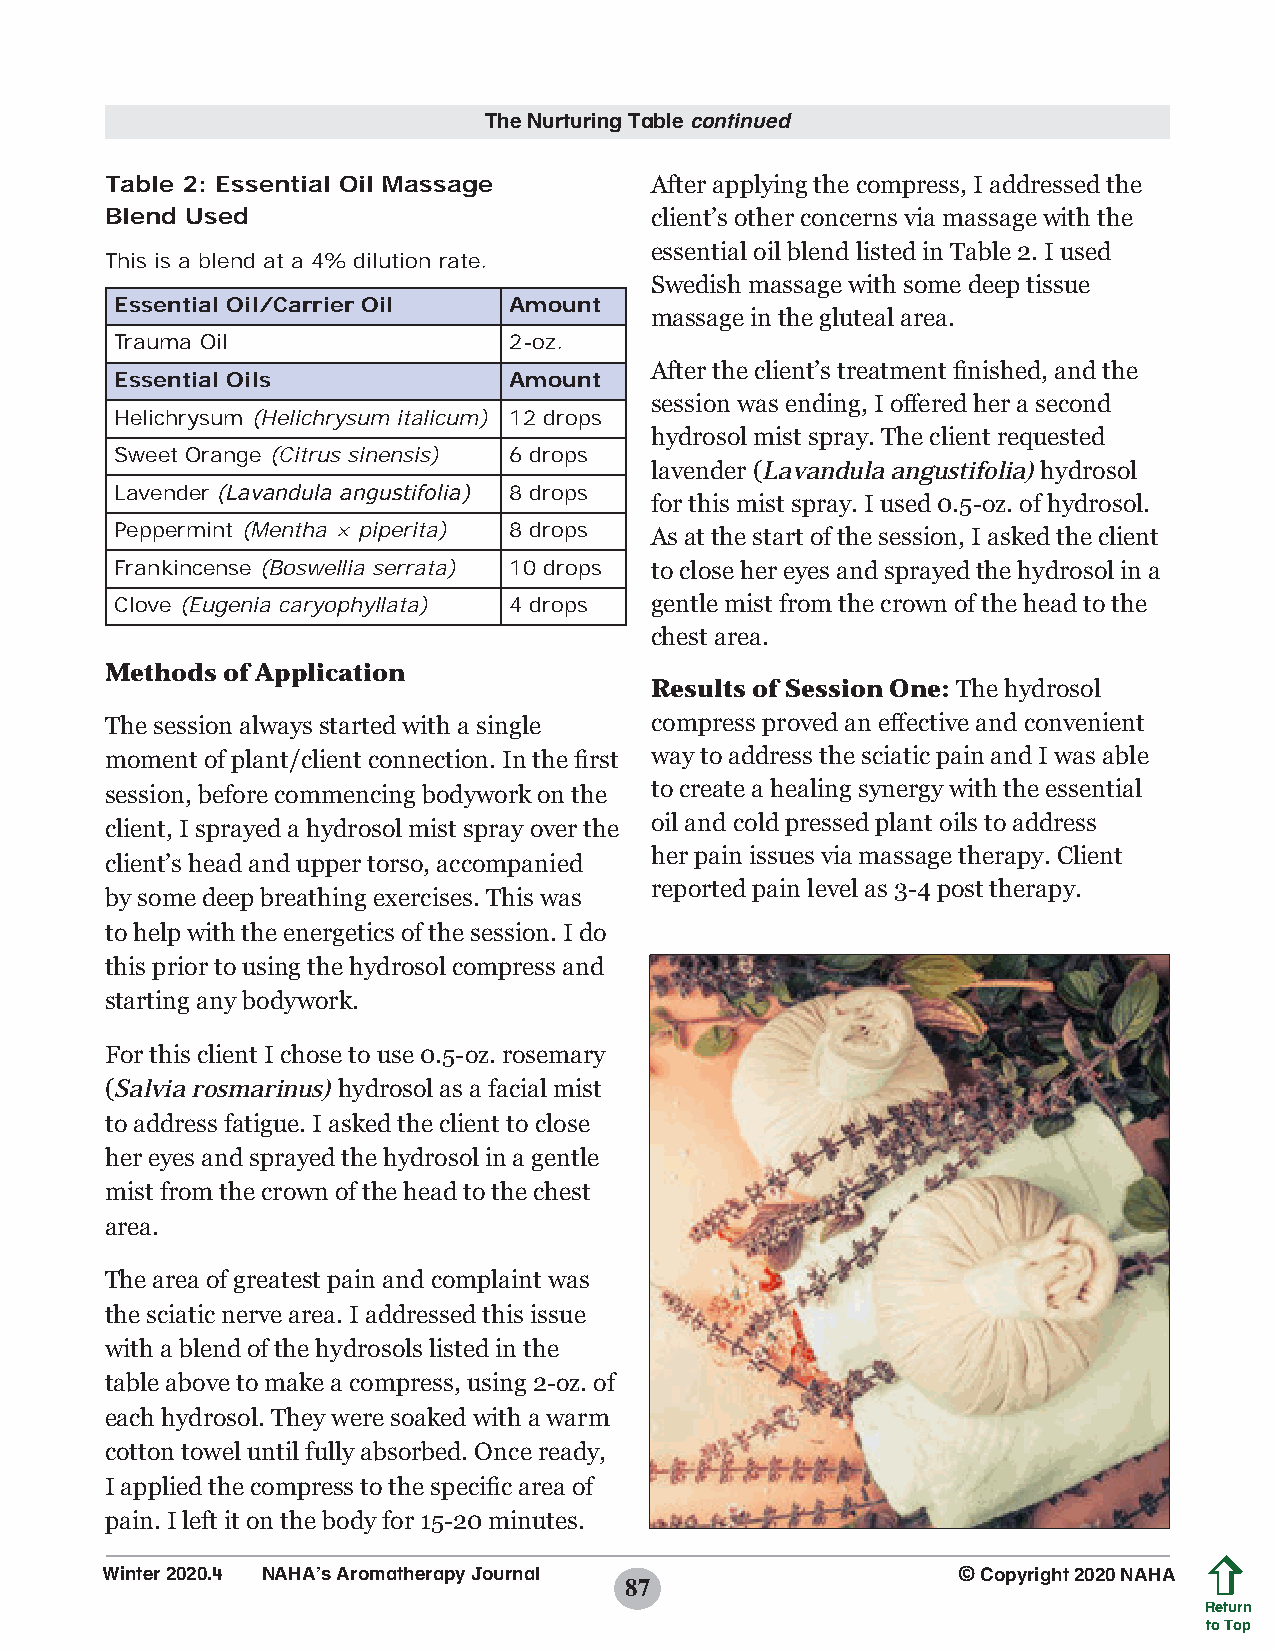
The Nurturing Table continued
 Table 2: Essential Oil Massage      After applying the compress, I addressed the
 Blend Used                          client’s other concerns via massage with the
 essential oil blend listed in Table 2. I used
 This is a blend at a 4% dilution rate.
 Swedish massage with some deep tissue
 Essential Oil/Carrier Oil Amount
 massage in the gluteal area.
 Trauma Oil                2-oz.
 After the client’s treatment finished, and the
 Essential Oils            Amount
 session was ending, I offered her a second
 Helichrysum (Helichrysum italicum) 12 drops
 hydrosol mist spray. The client requested
 Sweet Orange (Citrus sinensis) 6 drops
 lavender (Lavandula angustifolia) hydrosol
 Lavender (Lavandula angustifolia) 8 drops
 for this mist spray. I used 0.5-oz. of hydrosol.
 Peppermint (Mentha × piperita) 8 drops As at the start of the session, I asked the client
 Frankincense (Boswellia serrata) 10 drops to close her eyes and sprayed the hydrosol in a
 Clove (Eugenia caryophyllata) 4 drops gentle mist from the crown of the head to the
 chest area.
 Methods of Application
 Results of Session One: The hydrosol
 The session always started with a single compress proved an effective and convenient
 moment of plant/client connection. In the first way to address the sciatic pain and I was able
 session, before commencing bodywork on the to create a healing synergy with the essential
 oil and cold pressed plant oils to address
 client, I sprayed a hydrosol mist spray over the
 her pain issues via massage therapy. Client
 client’s head and upper torso, accompanied
 reported pain level as 3-4 post therapy.
 by some deep breathing exercises. This was
 to help with the energetics of the session. I do
 this prior to using the hydrosol compress and
 starting any bodywork.
 For this client I chose to use 0.5-oz. rosemary
 (Salvia rosmarinus) hydrosol as a facial mist
 to address fatigue. I asked the client to close
 her eyes and sprayed the hydrosol in a gentle
 mist from the crown of the head to the chest
 area.
 The area of greatest pain and complaint was
 the sciatic nerve area. I addressed this issue
 with a blend of the hydrosols listed in the
 table above to make a compress, using 2-oz. of
 each hydrosol. They were soaked with a warm
 cotton towel until fully absorbed. Once ready,
 I applied the compress to the specific area of
 pain. I left it on the body for 15-20 minutes.
 Winter 2020.4 NAHA’s Aromatherapy Journal               © Copyright 2020 NAHA
 87
 Return
 to Top
 